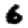
Digit: 6